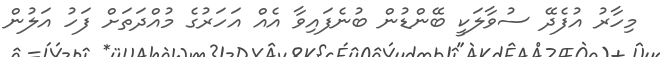
މިހާރު އުފެދޭ ސުވާލަކީ ބޭންޑުން ބުނެފައިވާ އެއް އަހަރުގެ މުއްދަތަށް ފަހު އަލުން